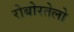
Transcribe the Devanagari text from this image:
रोबोरतेलो